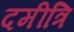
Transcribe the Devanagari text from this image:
दमीत्रि